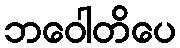
ဘဝေါတိပေ